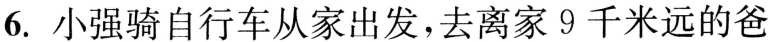
6.小强骑自行车从家出发，去离家9千米远的爸